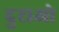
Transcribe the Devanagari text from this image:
दुराओ